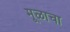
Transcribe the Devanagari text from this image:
मूळाचा